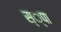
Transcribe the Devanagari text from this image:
स्‍्पा